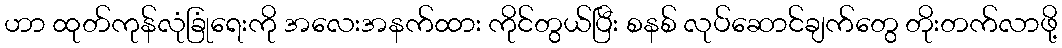
ဟာ ထုတ်ကုန်လုံခြုံရေးကို အလေးအနက်ထား ကိုင်တွယ်ပြီး စနစ် လုပ်ဆောင်ချက်တွေ တိုးတက်လာဖို့